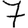
Digit: 7